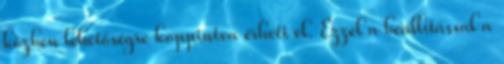
közben lehetőségre koppintva érheti el. Ezzel a beállítással a